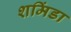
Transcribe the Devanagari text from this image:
शमिंडा